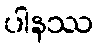
ပါနဿ